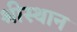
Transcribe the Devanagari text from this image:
श्रीस्थान